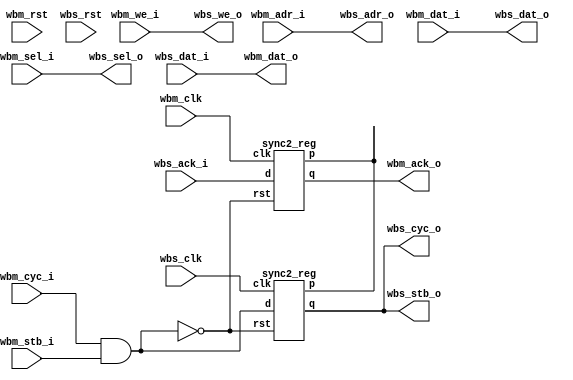
/* The original wishbone CDC doesnt work properly as designed
 * Gutted its innards to be much simpler.
 */
module wb_cdc_mod #(parameter AW = 32) (
  input  wire          wbm_clk  ,
  input  wire          wbm_rst  ,
  input  wire [AW-1:0] wbm_adr_i,
  input  wire [  31:0] wbm_dat_i,
  input  wire [   3:0] wbm_sel_i,
  input  wire          wbm_we_i ,
  input  wire          wbm_cyc_i,
  input  wire          wbm_stb_i,
  output wire [  31:0] wbm_dat_o,
  output wire          wbm_ack_o,
  input  wire          wbs_clk  ,
  input  wire          wbs_rst  ,
  output wire [AW-1:0] wbs_adr_o,
  output wire [  31:0] wbs_dat_o,
  output wire [   3:0] wbs_sel_o,
  output wire          wbs_we_o ,
  output wire          wbs_cyc_o,
  output wire          wbs_stb_o,
  input  wire [  31:0] wbs_dat_i,
  input  wire          wbs_ack_i
);

  // Only the control signals need to cross the domain, the address and data will be stable
  // during this time.
  wire wbm_cs = wbm_cyc_i & wbm_stb_i;
  wire wbs_cs;
  sync2_reg i_m2s_sync2_reg (
    .clk(wbs_clk),
    .rst(~wbm_cs),
    .d  (wbm_cs ), //CDC
    .p  (       ),
    .q  (wbs_cs )
  );

  assign wbs_cyc_o = wbs_cs;
  assign wbs_stb_o = wbs_cs;
  assign {wbs_adr_o, wbs_dat_o, wbs_sel_o, wbs_we_o} = {wbm_adr_i, wbm_dat_i, wbm_sel_i, wbm_we_i};

  // The data from the WBS is assumed to be stable as long as the ACK
  // is active. Use the data as-is and only CDC the ack.
  sync2_reg i_s2m_sync2_reg (
    .clk(wbm_clk  ),
    .rst(~wbm_cs  ),
    .d  (wbs_ack_i), //CDC
    .p  (         ),
    .q  (wbm_ack_o)
  );

  assign wbm_dat_o = wbs_dat_i;

endmodule

module sync2_reg (
  input  wire clk,
  input  wire rst,
  input  wire d  ,
  output wire p  ,
  output wire q
);

   reg    q1, q2, q3;
   
   always @(posedge clk or posedge  rst) begin
    if (rst) begin
      q1 <= 0;
      q2 <= 0;
      q3 <= 0;
    end else begin
      q1 <= d;
      q2 <= q1;
      q3  <= q2;
    end
   end

   assign p = q2 ^ q3;
   assign q = q3;
   
endmodule